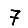
Digit: 7